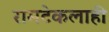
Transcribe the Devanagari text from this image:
रामटेकलाही